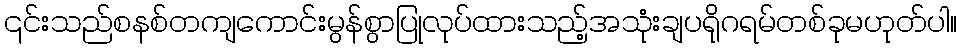
၎င်းသည်စနစ်တကျကောင်းမွန်စွာပြုလုပ်ထားသည့်အသုံးချပရိုဂရမ်တစ်ခုမဟုတ်ပါ။